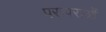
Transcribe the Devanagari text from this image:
परम्‍पराओं